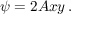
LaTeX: \psi = 2 A x y \, .